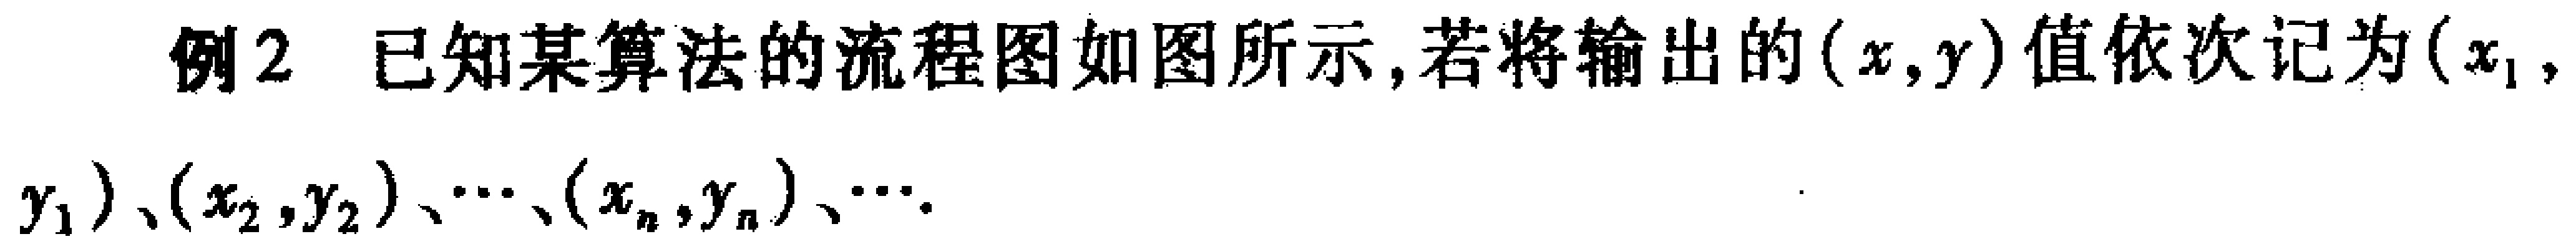
例2 已知某算法的流程图如图所示,若将输出的\((x,y)\)值依次记为\((x_1,y_1)\)、\((x_2,y_2)\)、\(\cdots\)、\((x_n,y_n)\)、\(\cdots\).